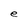
Character: e